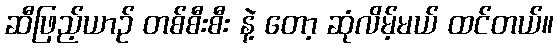
ဆီဖြည့်ယာဉ် တစ်စီးစီး နဲ့ တော့ ဆုံလိမ့်မယ် ထင်တယ်။